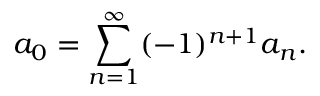
a _ { 0 } = \sum _ { n = 1 } ^ { \infty } ( - 1 ) ^ { n + 1 } a _ { n } .